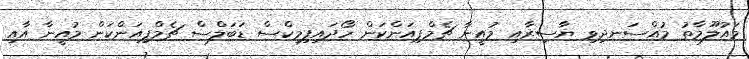
މައުލޫމާތު މުއްސަނދިވި ޔާސިރާއި މުއީނާ ޗެމްޕިއަންކަން ހޯދައިފިމިކްސް ޑަބަލްސް ޗެމްޕިއަންކަން މުއީނާ އާއި